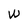
Character: W